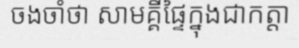
ចងចាំថា សាមគ្គីផ្ទៃក្នុងជាកត្តា